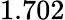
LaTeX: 1.702